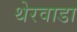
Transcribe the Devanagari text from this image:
थेरवाडा